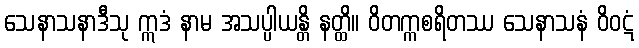
သေနာသနာဒီသု ဣဒံ နာမ အသပ္ပါယန္တိ နတ္ထိ။ ဝိတက္ကစရိတဿ သေနာသနံ ဝိဝဋံ